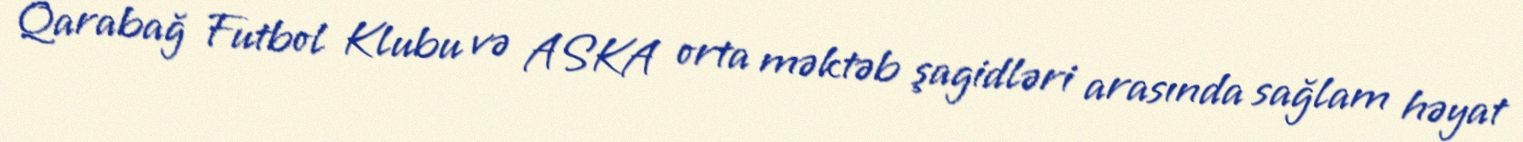
Qarabağ Futbol Klubu və ASKA orta məktəb şagidləri arasında sağlam həyat